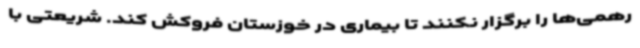
رهمی‌ها را برگزار نکنند تا بیماری در خوزستان فروکش کند. شریعتی با